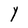
Character: Y